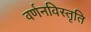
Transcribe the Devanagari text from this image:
वर्णनविस्तृति